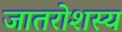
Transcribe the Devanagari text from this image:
जातरोशस्य